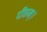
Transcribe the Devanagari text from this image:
दीप्तम्।